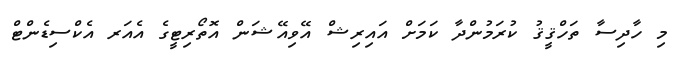
މި ހާދިސާ ތަހްޤީޤު ކުރަމުންދާ ކަމަށް އައިރިޝް އޭވިއޭޝަން އޮތޯރިޓީގެ އެއަރ އެކްސިޑެންޓް